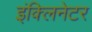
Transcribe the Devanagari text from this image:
इंक्लिनेटर